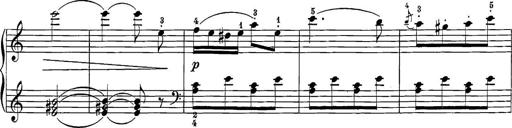
Title: 12 Sonatine per Pianoforte
Composer: Friedrich Kuhlau